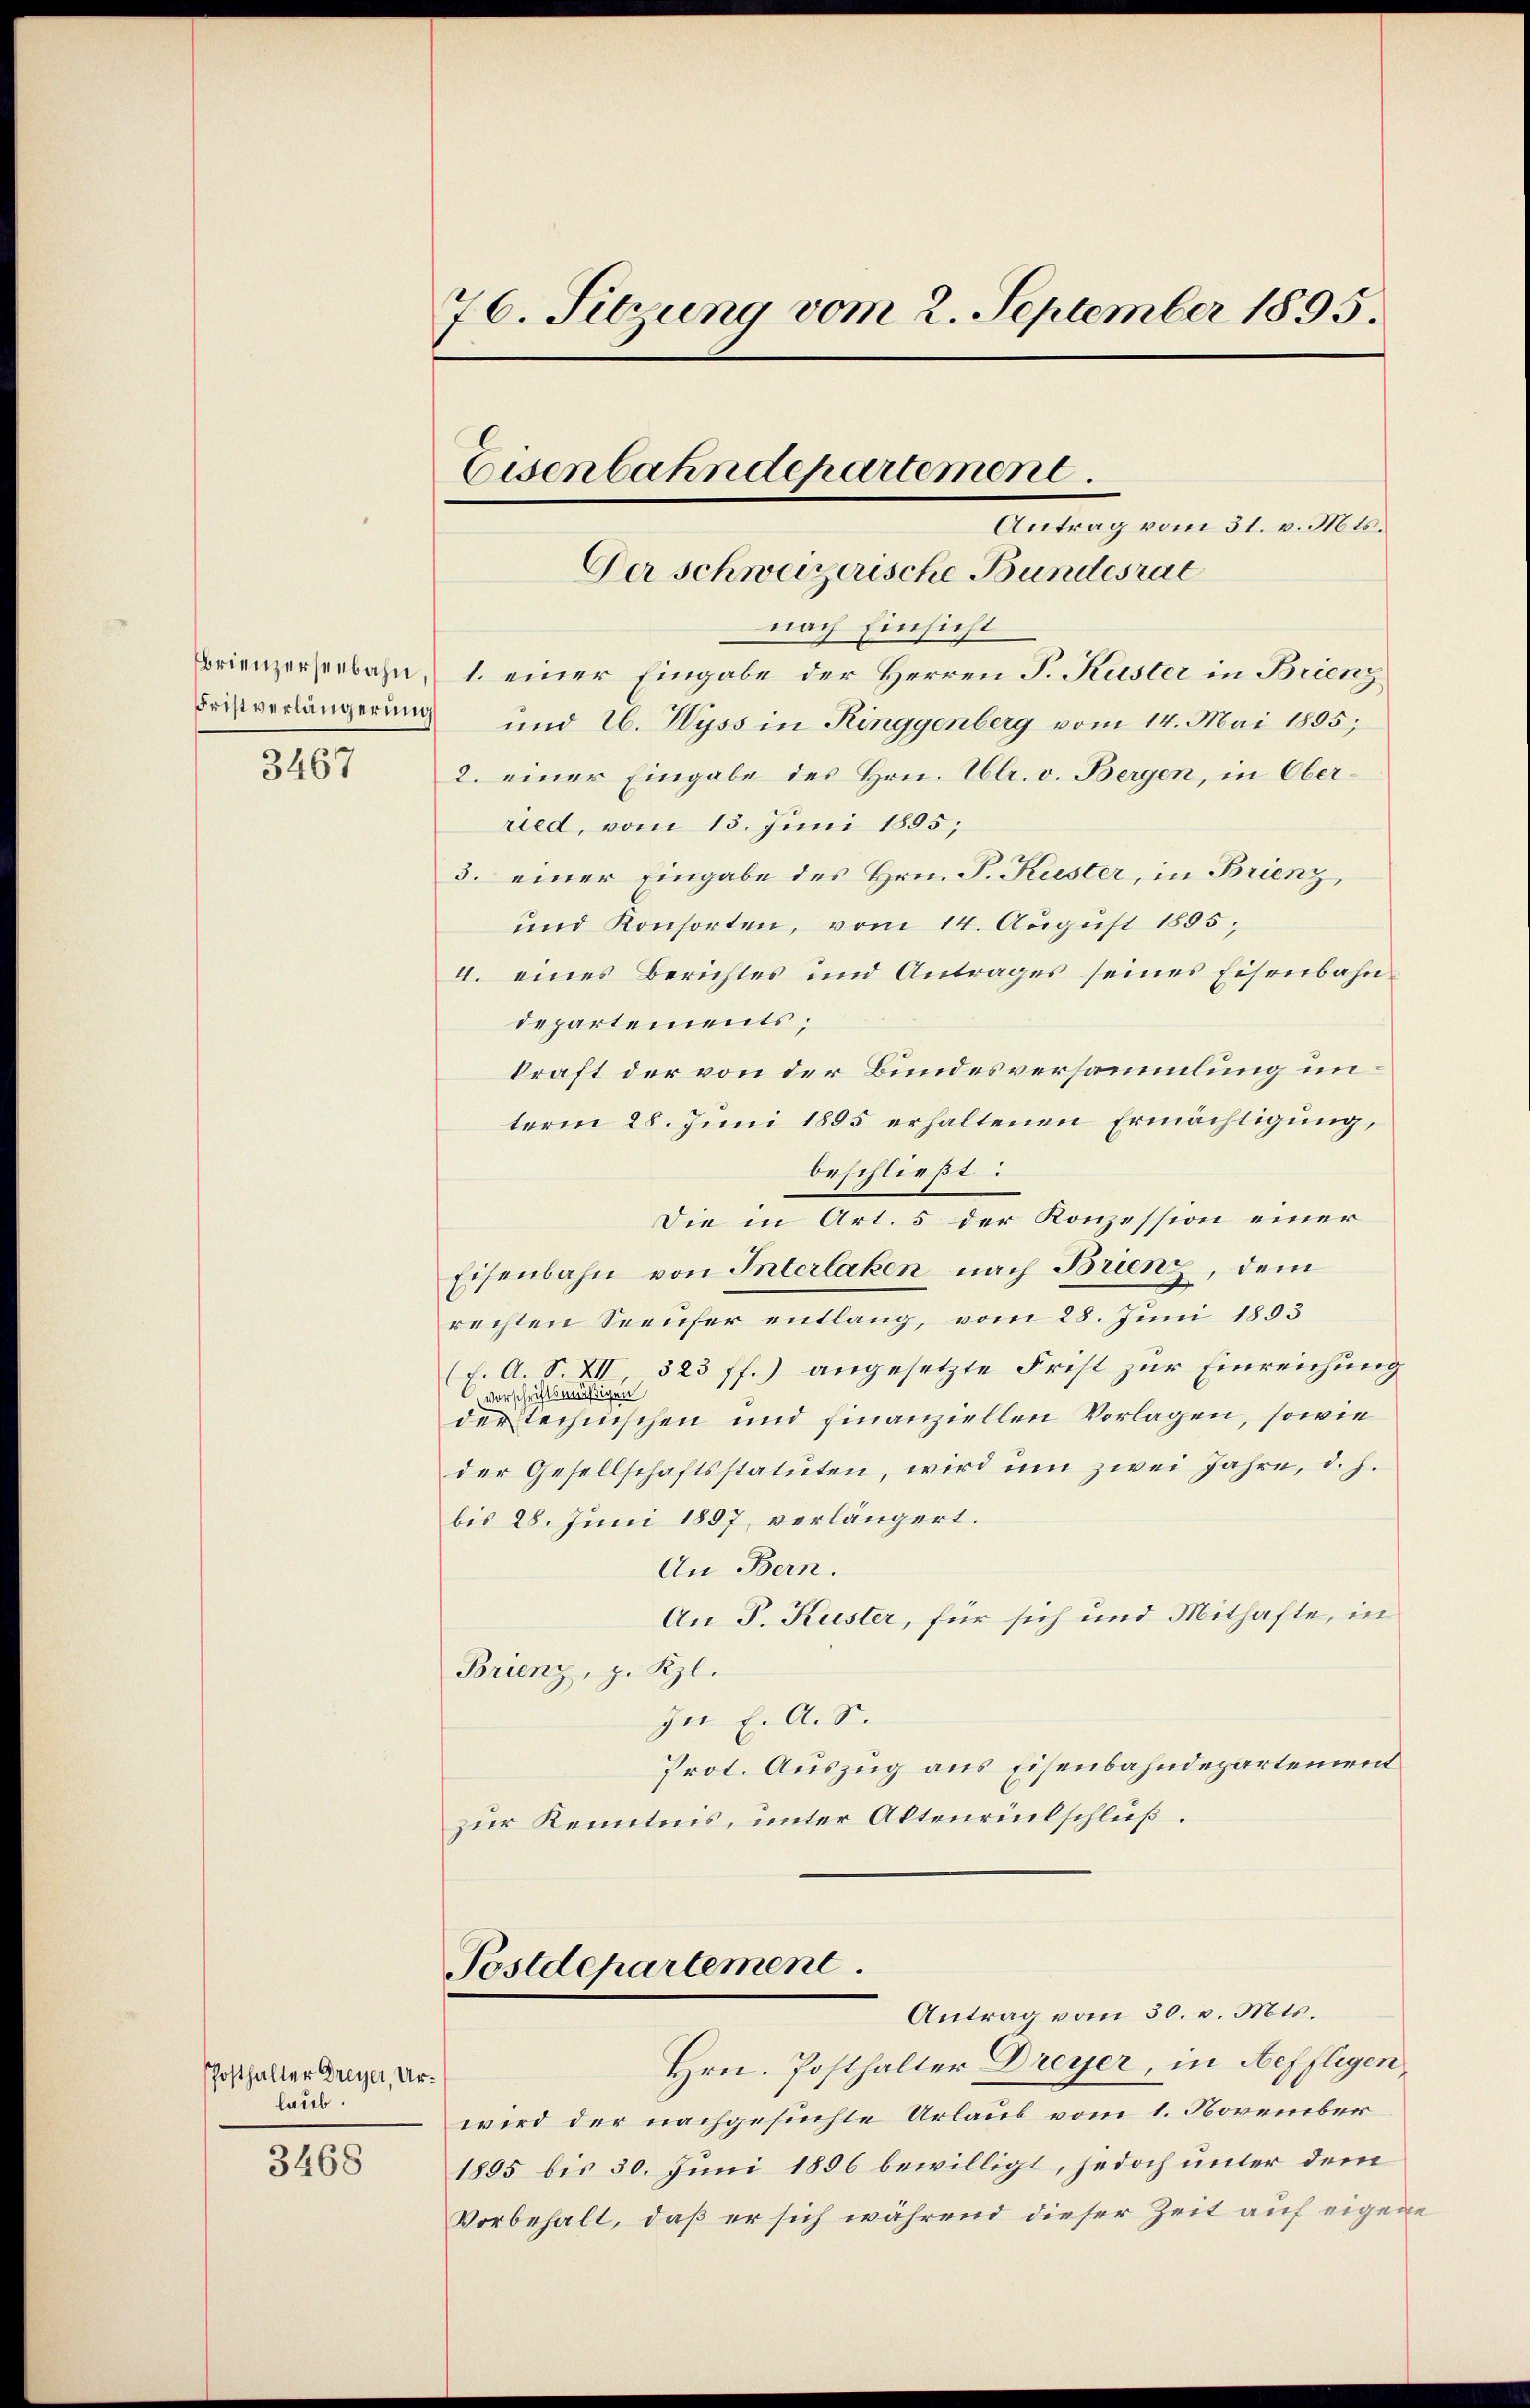
Brienzerseebahn
Fristverlängerung

3467

Posthalter Dreyer, Urlaub.

3468

76. Sitzung vom 2. September 1895.
Eisenbahndepartement.
Antrag vom 31. v. Mts.
Der schweizerische Bundesrat

nach Einsicht
1. einer Eingabe der Herren P. Kuster in Brienz
und E. Wyss in Ringgenberg vom 14. Mai 1855;
2. einer Eingabe des Hrn. Ulr. v. Bergen, in Oberried, vom 13. Juni 1895;
3. einer Eingabe des Hrn. P. Kuster, in Brienz,
und Konsorten, vom 14. August 1895;
4. eines Berichtes und Antrages seines Eisenbahndepartements;
kraft der von der Bundesversammlung unterm 28. Juni 1895 erhaltenen Ermächtigung,
beschließt:
Die in Art. 5 der Konzession einer
Eisenbahn von Interlaken nach Brienz, dem
rechten Seeufer entlang, vom 28. Juni 1893
(E. A. S. XII, 523 ff.) angesetzte Frist zur Einreichung
vorschriftsmäßigen
der technischen und finanziellen Vorlagen, sowie
der Gesellschaftsstatuten, wird ŭm zwei Jahre, d. h.
bis 28. Juni 1897, vorlängert.
An Bern.
An P. Kuster, für sich und Mithafte, in
Brienz, p. Kzl.
In E. A. S.
Prot. Auszug aus Eisenbahndepartement
zur Kenntnis, unter Altenrückschluß.

Postdepartement.
Antrag vom 30. v. Mts.

Hrn. Posthalter Dreyer, in Neffligen,
wird der nachgesuchte Urlaub vom 1. November
1895 bis 30. Juni 1856 bewilligt, jedoch unter dem
Vorbehalt, daß er sich während dieser Zeit auf eigene